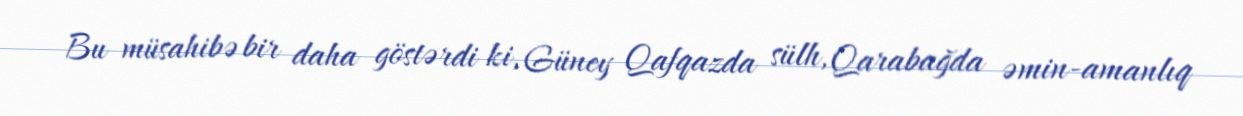
Bu müsahibə bir daha göstərdi ki, Güney Qafqazda sülh, Qarabağda əmin-amanlıq